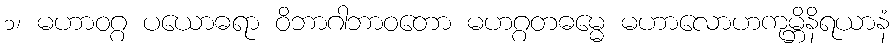
၁၊ မဟာဝဂ္ဂ ပယောဓရာ ဝိဘာဂါဘာဝတော မဟဂ္ဂတဓမ္မေ မဟာလောဟကုမ္ဘိနိရယာနံ